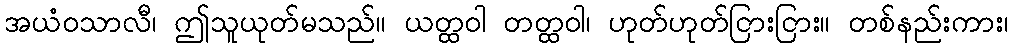
အယံဝသာလီ၊ ဤသူယုတ်မသည်။ ယတ္ထဝါ တတ္ထဝါ၊ ဟုတ်ဟုတ်ငြားငြား။ တစ်နည်းကား၊